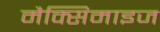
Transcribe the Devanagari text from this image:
मैक्सिमाइज